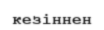
кезіннен